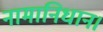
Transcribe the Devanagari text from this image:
नामानिधान।